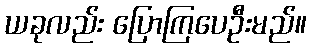
ယခုလည်း ပြောကြပေဦးမည်။